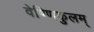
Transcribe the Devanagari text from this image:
वेण्णिकुलम्